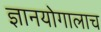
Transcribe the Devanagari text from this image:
ज्ञानयोगालाच